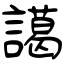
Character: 譪